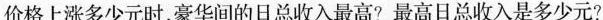
价格上涨多少元时，豪华间的日总收入最高?最高日总收入是多少元?